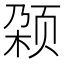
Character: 𬱡